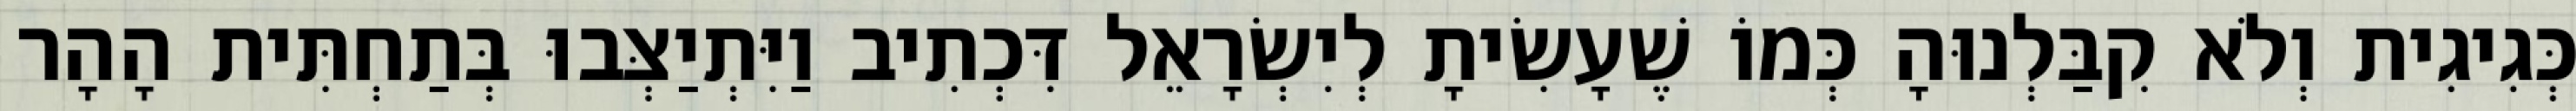
כְּגִיגִית וְלֹא קִבַּלְנוּהָ כְּמוֹ שֶׁעָשִׂיתָ לְיִשְׂרָאֵל דִּכְתִיב וַיִּתְיַצְּבוּ בְּתַחְתִּית הָהָר